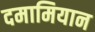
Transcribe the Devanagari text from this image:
दमामियान